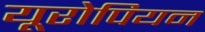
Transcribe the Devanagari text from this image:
यूरोपियन